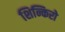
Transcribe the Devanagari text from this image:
शिन्किरो